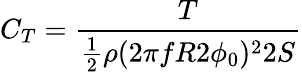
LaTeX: C_{T}=\frac{T}{\frac{1}{2}\rho(2\pi fR2\phi_{0})^{2}2S}